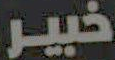
خبير